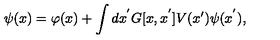
\psi ( x ) = \varphi ( x ) + \int d x ^ { ' } G [ x , x ^ { ' } ] V ( x ^ { \prime } ) \psi ( x ^ { ' } ) ,